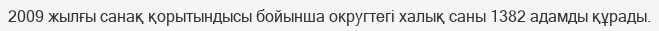
2009 жылғы санақ қорытындысы бойынша округтегі халық саны 1382 адамды құрады.